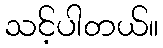
သင့်ပါတယ်။